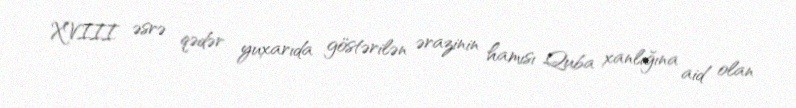
XVIII əsrə qədər yuxarıda göstərilən ərazinin hamısı Quba xanlığına aid olan